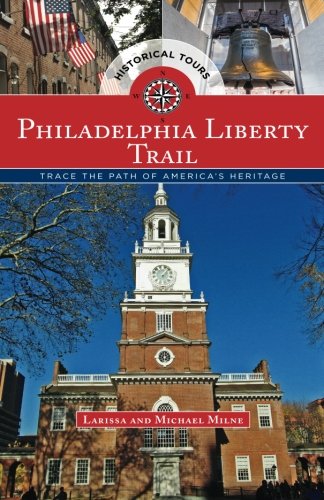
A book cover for Philadelphia Liberty Trail: Trace the Path of America's Heritage; Michael Milne; Travel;